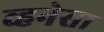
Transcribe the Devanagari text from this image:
व्हनेसा